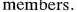
members.